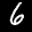
Label: 6